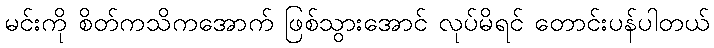
မင်းကို စိတ်ကသိကအောက် ဖြစ်သွားအောင် လုပ်မိရင် တောင်းပန်ပါတယ်